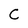
Character: C